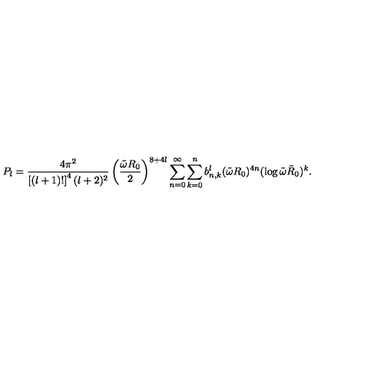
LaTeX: P _ { l } = { \frac { 4 \pi ^ { 2 } } { \left[ ( l + 1 ) ! \right] ^ { 4 } ( l + 2 ) ^ { 2 } } } \left( { \frac { \tilde { \omega } R _ { 0 } } { 2 } } \right) ^ { 8 + 4 l } \sum _ { n = 0 } ^ { \infty } \sum _ { k = 0 } ^ { n } b _ { n , k } ^ { l } ( \tilde { \omega } R _ { 0 } ) ^ { 4 n } ( \log \tilde { \omega } \bar { R } _ { 0 } ) ^ { k } .